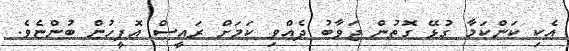
އެކި ކަންކަމާ ގުޅޭ ގޮތުން ޖަވާބު ދެއްވި ކަމަށް ރައީސް އޮފީހުން ބުންޏެވެ.